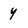
Character: 4